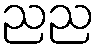
ညည